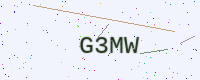
Text: G3MW